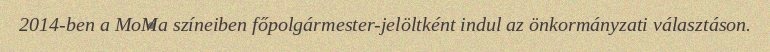
2014-ben a MoMa színeiben főpolgármester-jelöltként indul az önkormányzati választáson.